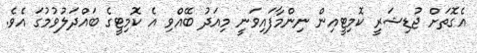
އެގޮތަށް ޖުޑިޝަރީ ކޮމިޓީއިން ނިންމާފައިވަނީ މިއަދު ބޭއްވި އެ ކޮމިޓީގެ ބައްދަލުވުމުގަ އެވެ.